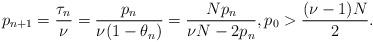
LaTeX: \begin{align*}p_{n+1} = \frac{\tau_n}{\nu} = \frac{p_n}{\nu(1-\theta_n)} = \frac{Np_n}{\nu N-2p_n}, p_0>\frac{(\nu-1)N}{2}.\end{align*}